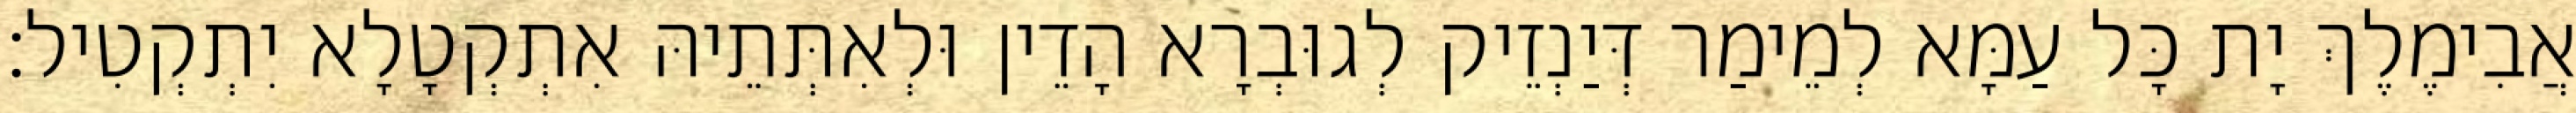
אֲבִימֶלֶךְ יָת כָּל עַמָּא לְמֵימַר דְּיַנְזֵיק לְגוּבְרָא הָדֵין וּלְאִתְּתֵיהּ אִתְקְטָלָא יִתְקְטִיל׃